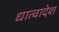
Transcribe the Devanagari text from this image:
धात्वादेश